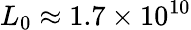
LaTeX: L_{0}\approx 1.7\times 10^{10}